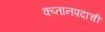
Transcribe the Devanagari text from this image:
कप्तानपदाची